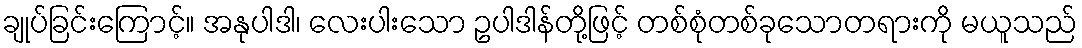
ချုပ်ခြင်းကြောင့်။ အနုပါဒါ၊ လေးပါးသော ဥပါဒါန်တို့ဖြင့် တစ်စုံတစ်ခုသောတရားကို မယူသည်